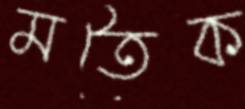
মতৈক